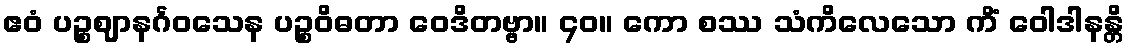
ဧဝံ ပဉ္စဈာနင်္ဂဝသေန ပဉ္စဝိဓတာ ဝေဒိတဗ္ဗာ။ ၄၀။ ကော စဿ သံကိလေသော ကိံ ဝေါဒါနန္တိ